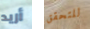
أريد للتحقق